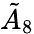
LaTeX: {\tilde{A}}_{8}